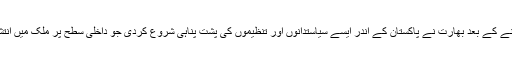
1965 کی جنگ میں ہزیمت اٹھانے کے بعد بھارت نے پاکستان کے اندر ایسے سیاستدانوں اور تنظیموں کی پشت پناہی شروع کردی جو داخلی سطح پر ملک میں انتشار اور عدم استحکام پیدا کرسکیں۔